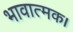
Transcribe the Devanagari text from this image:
भावात्मक।